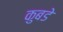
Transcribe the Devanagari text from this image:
कुबडे